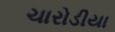
ચારોડીયા